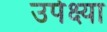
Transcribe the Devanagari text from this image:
उपेक्ष्या